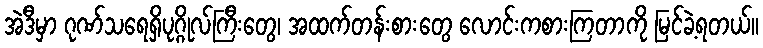
အဲဒီမှာ ဂုဏ်သရေရှိပုဂ္ဂိုလ်ကြီးတွေ၊ အထက်တန်းစားတွေ လောင်းကစားကြတာကို မြင်ခဲ့ရတယ်။